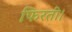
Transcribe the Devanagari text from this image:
फिरती।